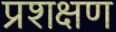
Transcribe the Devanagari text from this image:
प्रशक्षण